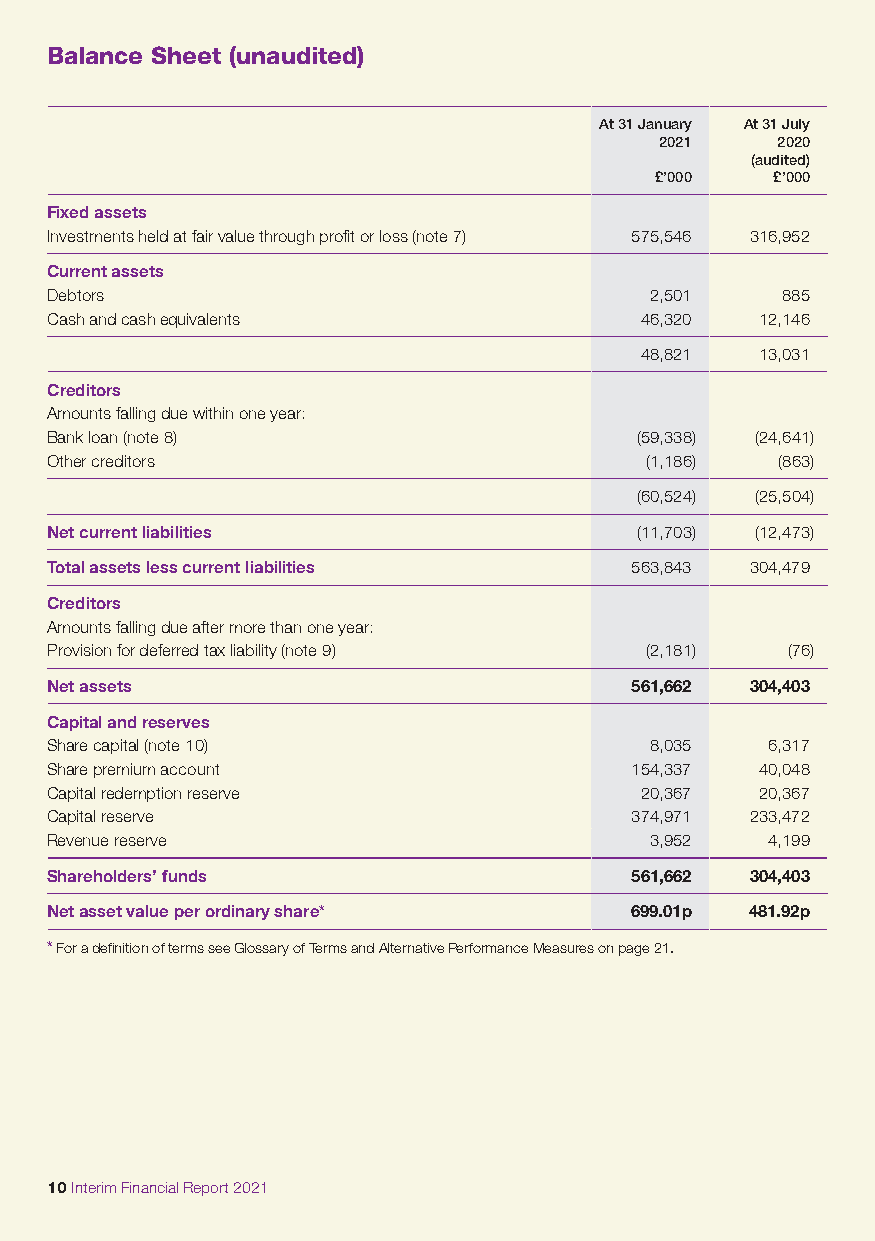
Balance Sheet (unaudited)
 At 31 January At 31 July
 2021   2020
 (audited)
 £’000   £’000
 Fixed assets
 Investments held at fair value through profit or loss (note 7) 575,546 316,952
 Current assets
 Debtors                                 2,501    885
 Cash and cash equivalents              46,320  12,146
 48,821  13,031
 Creditors
 Amounts falling due within one year:
 Bank loan (note 8)                     (59,338) (24,641)
 Other creditors                         (1,186) (863)
 (60,524) (25,504)
 Net current liabilities                (11,703) (12,473)
 Total assets less current liabilities  563,843 304,479
 Creditors
 Amounts falling due after more than one year:
 Provision for deferred tax liability (note 9) (2,181) (76)
 Net assets                             561,662 304,403
 Capital and reserves
 Share capital (note 10)                 8,035   6,317
 Share premium account                  154,337 40,048
 Capital redemption reserve             20,367  20,367
 Capital reserve                        374,971 233,472
 Revenue reserve                         3,952   4,199
 Shareholders’ funds                    561,662 304,403
 Net asset value per ordinary share*    699.01p 481.92p
 * For a definition of terms see Glossary of Terms and Alternative Performance Measures on page 21.
 10 Interim Financial Report 2021